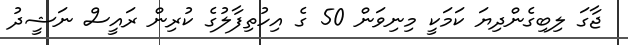
ޖާގަ ލިބިގެންދިޔަ ކަމަކީ މިނިވަން 50 ގެ އިހުތިފާލުގެ ކުރިން ރައީސް ނަޝީދު